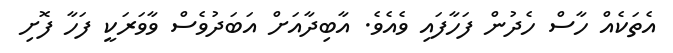
އެތަކެއް ހާސް ހެދުން ފަހާފައި ވެއެވެ. އާބިދާއަށް އަބަދުވެސް ވާވަރަކީ ފަހާ ފޮށި